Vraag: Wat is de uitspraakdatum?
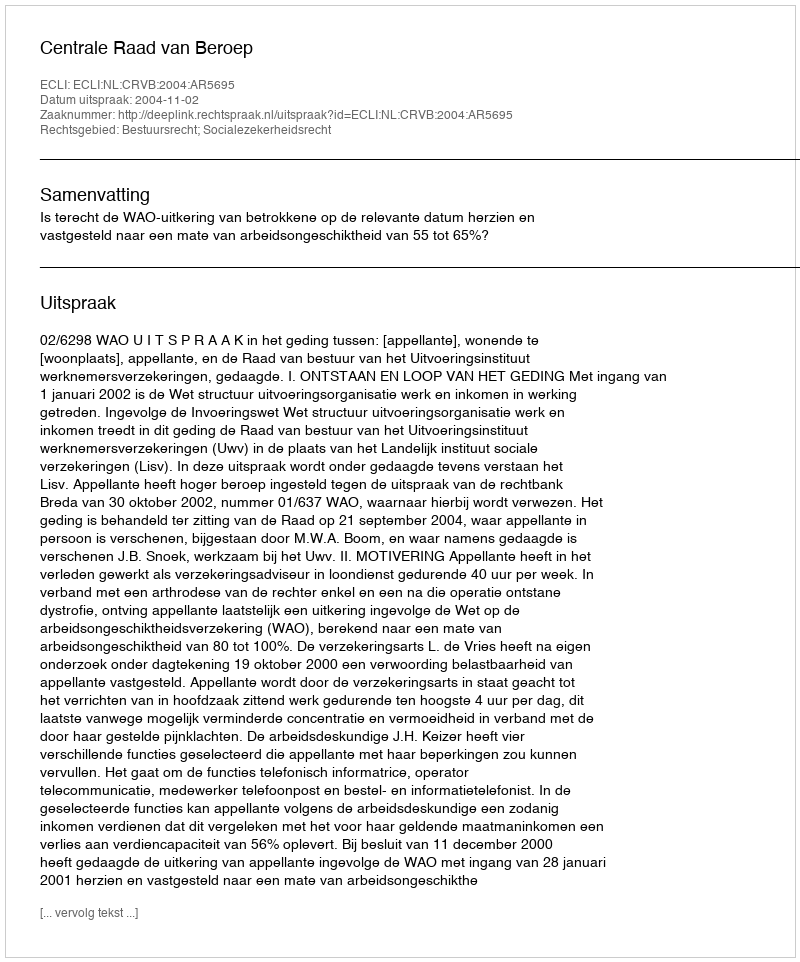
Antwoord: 2004-11-02